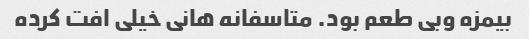
بیمزه وبی طعم بود. متاسفانه هانی خیلی افت کرده